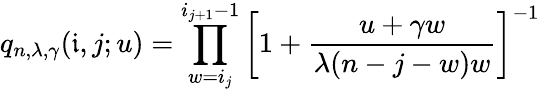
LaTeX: q_{n,\lambda,\gamma}(\mathfrak{i},j;u)=\prod_{w=i_{j}}^{i_{j+1}-1}\left[1+\frac{u+\gamma w}{\lambda(n-j-w)w}\right]^{-1}